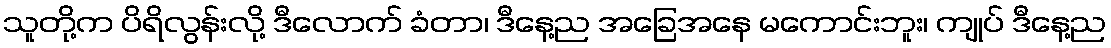
သူတို့က ပိရိလွန်းလို့ ဒီလောက် ခံတာ၊ ဒီနေ့ည အခြေအနေ မကောင်းဘူး၊ ကျုပ် ဒီနေ့ည